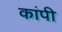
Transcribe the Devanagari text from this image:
कांपी